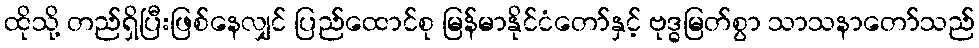
ထိုသို့ တည်ရှိပြီးဖြစ်နေလျှင် ပြည်ထောင်စု မြန်မာနိုင်ငံတော်နှင့် ဗုဒ္ဓမြတ်စွာ သာသနာတော်သည်